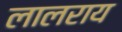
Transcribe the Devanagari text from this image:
लालराय